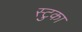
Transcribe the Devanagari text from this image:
स्टुका